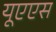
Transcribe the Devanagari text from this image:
यूएएस